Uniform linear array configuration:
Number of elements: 12
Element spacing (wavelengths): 0.25
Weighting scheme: uniform
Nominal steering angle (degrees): -45
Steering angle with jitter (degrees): -44.678
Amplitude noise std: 0.05
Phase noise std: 0.05

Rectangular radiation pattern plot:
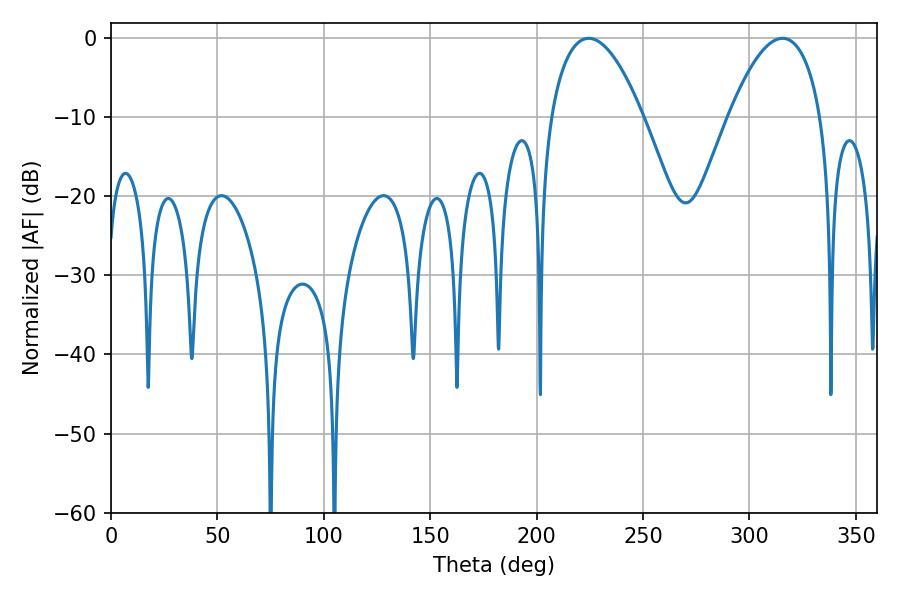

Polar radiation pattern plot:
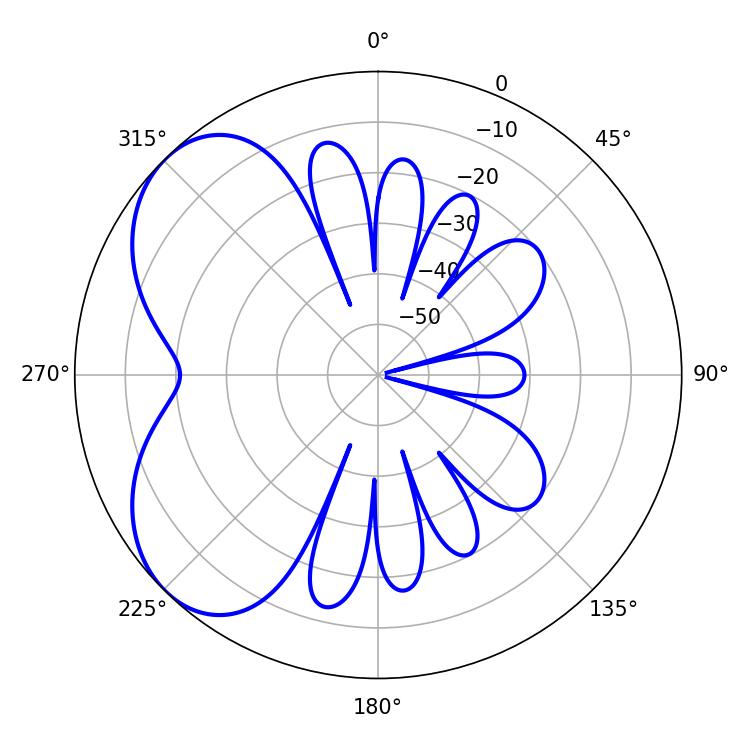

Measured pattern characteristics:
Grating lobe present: FALSE
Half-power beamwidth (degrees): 24.12
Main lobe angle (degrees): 224.46